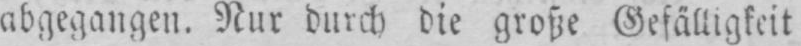
abgegangen. Nur durch die große Gefälligkeit